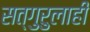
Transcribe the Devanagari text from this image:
सत्गुरुलाही